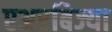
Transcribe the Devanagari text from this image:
एअरबिज्या